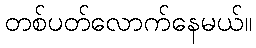
တစ်ပတ်လောက်နေမယ်။